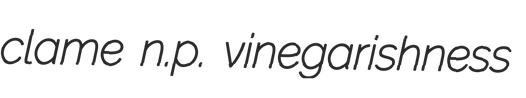
clame n.p. vinegarishness